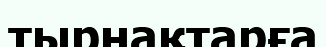
тырнақтарға